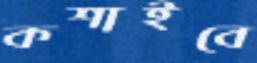
কশাইবে